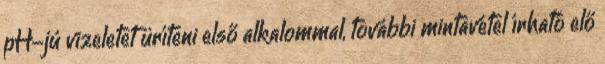
pH-jú vizeletet üríteni első alkalommal, további mintavétel írható elő